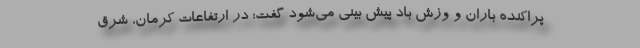
پراکنده باران و وزش باد پیش بینی می‌شود گفت: در ارتفاعات کرمان، شرق